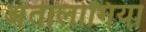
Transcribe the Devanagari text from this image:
अंतालोगिया